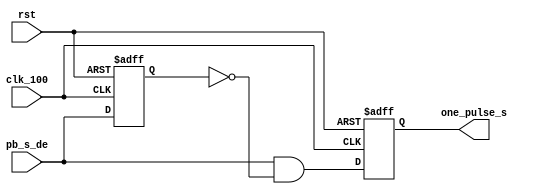
`timescale 1ns / 1ps
//////////////////////////////////////////////////////////////////////////////////
// Company: 
// Engineer: 
// 
// Design Name: 
// Module Name: One_pulse
// Project Name: 
// Target Devices: 
// Tool Versions: 
// Description: 
// 
// Dependencies: 
// 
// Revision:
// Revision 0.01 - File Created
// Additional Comments:
// 
//////////////////////////////////////////////////////////////////////////////////


module one_pulse_s(
     clk_100,
     pb_s_de,
  //   pb_f_de,
     one_pulse_s,
 //    one_pulse_f,
     rst
    );
    input clk_100;
    input pb_s_de;
  //  input pb_f_de;
    input rst;
    output reg one_pulse_s;
  //  output reg one_pulse_f;
    reg pb_s_de_delay;
  //  reg pb_f_de_delay;
    

    
    always@( posedge clk_100 or posedge rst )
        if(rst)
        begin
            pb_s_de_delay <= 1'b0;
   //         pb_f_de_delay <= 1'b0;
        end
        else
        begin
            pb_s_de_delay <= pb_s_de;
    //        pb_f_de_delay <= pb_f_de;
        end
    
    assign one_pulse_s_next = pb_s_de & (~pb_s_de_delay);
  //  assign one_pulse_f_next = pb_f_de & (~pb_f_de_delay);
    
    always@( posedge clk_100 or posedge rst )
        if(rst)
        begin
            one_pulse_s <= 1'b0;
     //       one_pulse_f <= 1'b0;
        end
        else
        begin 
            one_pulse_s <= one_pulse_s_next;
    //        one_pulse_f <= one_pulse_f_next;
        end
    
endmodule